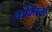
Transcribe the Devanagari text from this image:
व्यक्तिनां